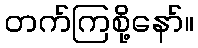
တက်ကြစို့နော်။